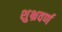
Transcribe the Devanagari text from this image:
शुभ्रवर्ण